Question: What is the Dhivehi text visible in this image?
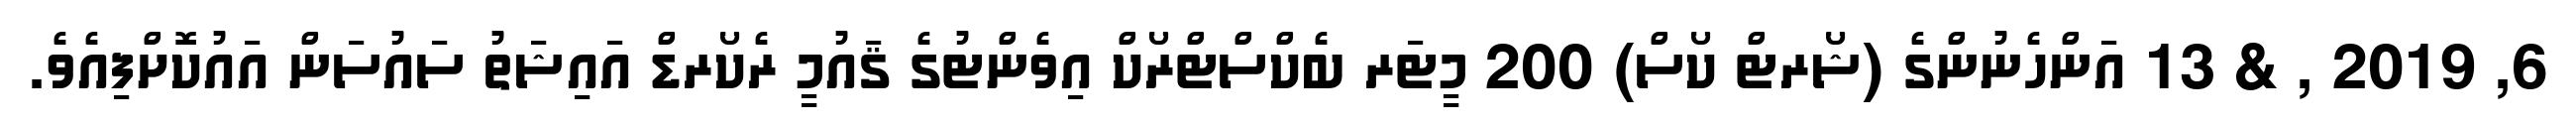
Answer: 6, 2019 , & 13 އަންހެނުންގެ (ޝޯރޓް ކޯސް) 200 މީޓަރ ބެކްސްޓްރޯކް އިވެންޓުގެ ޤައުމީ ރެކޯރޑް އައިޝަތު ސައުސަން އައުކޮށްފިއެވެ.